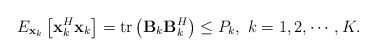
\begin{align*} E_{\mathbf{x}_k}\left[ {\mathbf{x}_k^H {\mathbf{x}_k}} \right] = {{\rm{tr}}\left( {{\mathbf{B}}_k {\mathbf{B}}_k^H} \right)} \leq P_k, \ k = 1,2,\cdots,K.\end{align*}